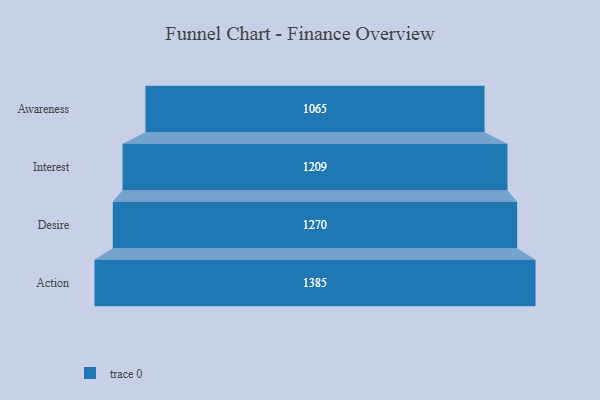
{"axis": {"x": "Stage", "y": "Value"}, "legend": [""], "data": [{"x": "Awareness", "y": 1065.0, "type": ""}, {"x": "Interest", "y": 1209.0, "type": ""}, {"x": "Desire", "y": 1270.0, "type": ""}, {"x": "Action", "y": 1385.0, "type": ""}]}